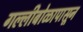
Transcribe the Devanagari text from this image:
गल्लीबोळापासून